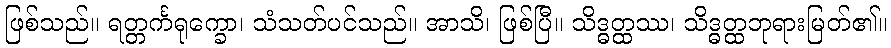
ဖြစ်သည်။ ရတ္တင်္ကရုက္ခော၊ သံသတ်ပင်သည်။ အာသိ၊ ဖြစ်ပြီ။ သိဒ္ဓတ္ထဿ၊ သိဒ္ဓတ္ထဘုရားမြတ်၏။